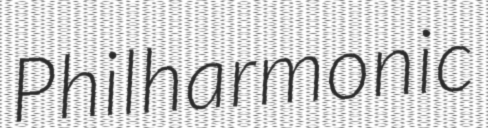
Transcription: Philharmonic